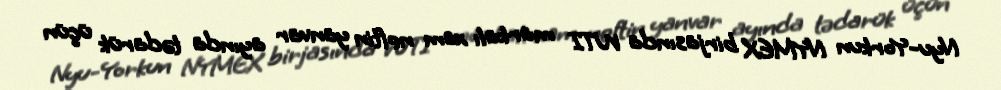
Nyu-Yorkun NYMEX birjasında WTI markalı xam neftin yanvar ayında tədarük üçün